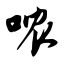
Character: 哝